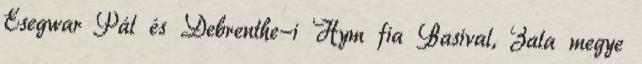
Esegwar Pál és Debrenthe-i Hym fia Basival, Zala megye